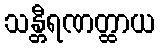
သန္တီရဏတ္ထာယ